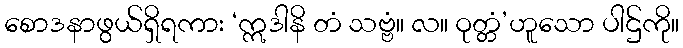
စောဒနာဖွယ်ရှိရကား ‘ဣဒါနိ တံ သဗ္ဗံ။ လ။ ဝုတ္တံ’ဟူသော ပါဌ်ကို။